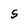
Character: S